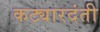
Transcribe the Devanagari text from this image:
कट्यारदंती